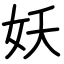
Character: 妖